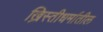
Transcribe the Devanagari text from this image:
ख्रिस्तीधर्मातील